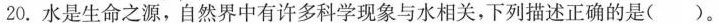
20.水是生命之源，自然界中有许多科学现象与水相关，下列描述正确的是( )。